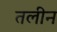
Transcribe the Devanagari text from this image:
तलीन